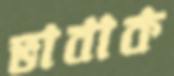
ভাবাক